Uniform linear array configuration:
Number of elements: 48
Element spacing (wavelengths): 1
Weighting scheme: kaiser
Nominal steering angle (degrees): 30
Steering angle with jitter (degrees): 30.938
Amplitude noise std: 0.05
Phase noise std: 0.05

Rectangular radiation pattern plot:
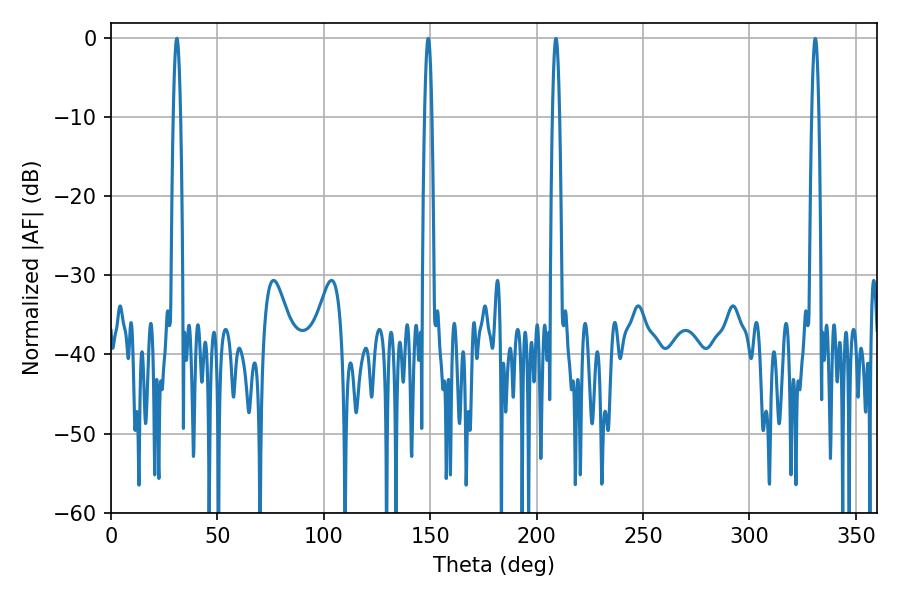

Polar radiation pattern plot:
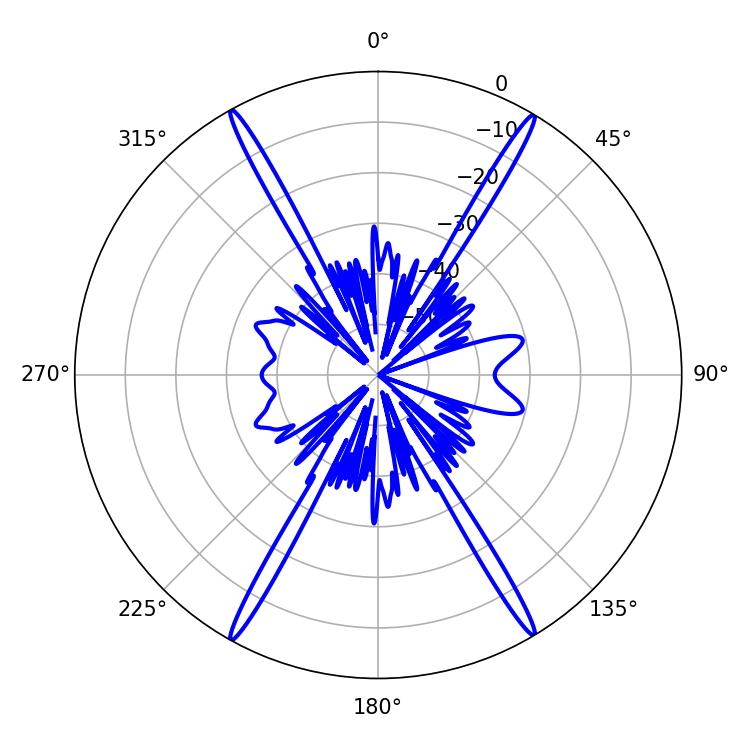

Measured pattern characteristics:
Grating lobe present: TRUE
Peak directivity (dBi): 28.492
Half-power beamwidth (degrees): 1.8
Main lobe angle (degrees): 149.04